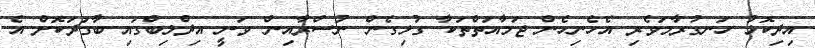
އިދިކޮޅު ހަނގުރާމަވެރި އެހެނިހެން ޖަމާއަތްތަކާ ގުޅިގެން ނުސްރާއިން ވަނީ އިދްލިބްގައި ބާުގަދަކޮށް އެ